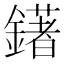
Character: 鐯